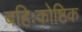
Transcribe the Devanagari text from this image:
बहिःकोष्ठिक